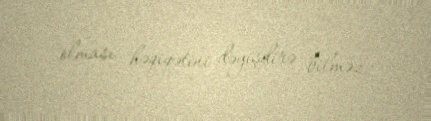
olması həqiqətini dəyişdirə bilməz.